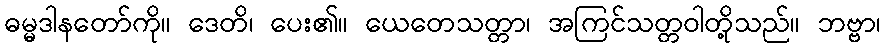
ဓမ္မဒါနတော်ကို။ ဒေတိ၊ ပေး၏။ ယေတေသတ္တာ၊ အကြင်သတ္တဝါတို့သည်။ ဘဗ္ဗာ၊